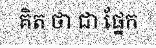
គិត ថា ជា ផ្នែក